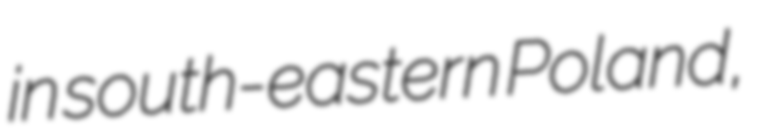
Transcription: in south-eastern Poland,